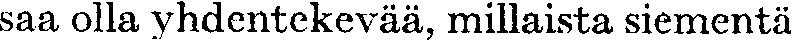
saa olla yhdentekevää, millaista siementä